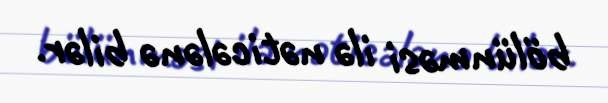
bölünməsi ilə nəticələnə bilər.